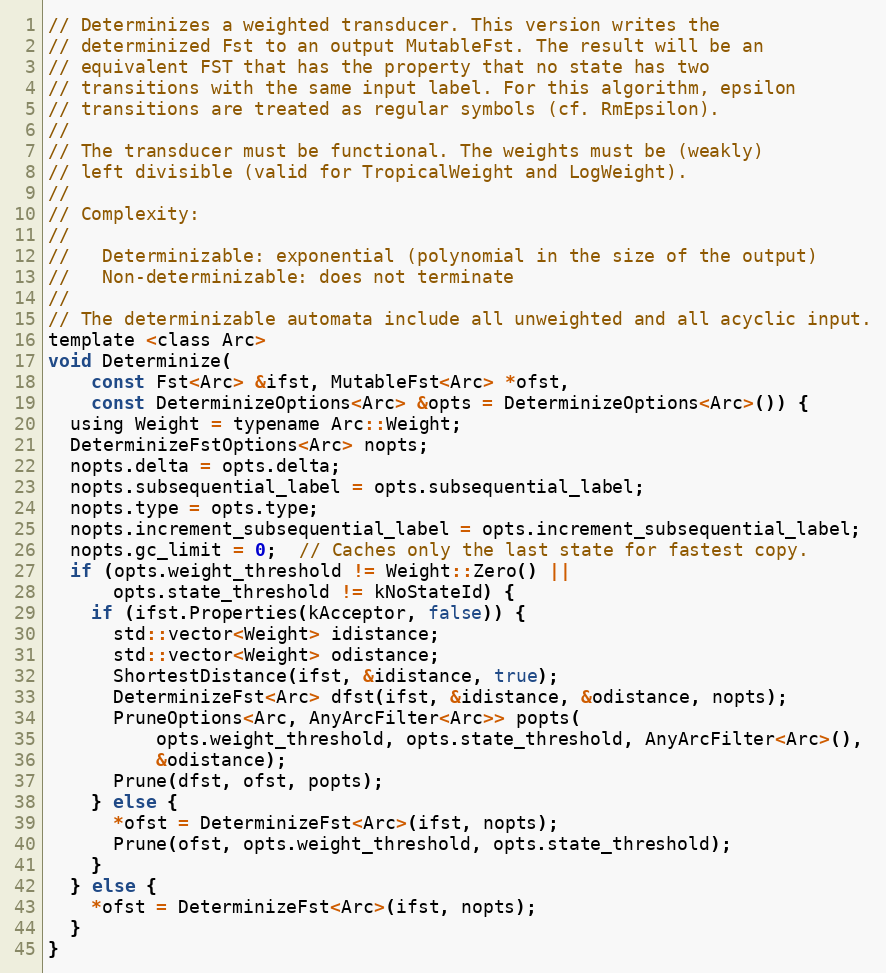
Language: C
// Determinizes a weighted transducer. This version writes the
// determinized Fst to an output MutableFst. The result will be an
// equivalent FST that has the property that no state has two
// transitions with the same input label. For this algorithm, epsilon
// transitions are treated as regular symbols (cf. RmEpsilon).
//
// The transducer must be functional. The weights must be (weakly)
// left divisible (valid for TropicalWeight and LogWeight).
//
// Complexity:
//
//   Determinizable: exponential (polynomial in the size of the output)
//   Non-determinizable: does not terminate
//
// The determinizable automata include all unweighted and all acyclic input.
template <class Arc>
void Determinize(
    const Fst<Arc> &ifst, MutableFst<Arc> *ofst,
    const DeterminizeOptions<Arc> &opts = DeterminizeOptions<Arc>()) {
  using Weight = typename Arc::Weight;
  DeterminizeFstOptions<Arc> nopts;
  nopts.delta = opts.delta;
  nopts.subsequential_label = opts.subsequential_label;
  nopts.type = opts.type;
  nopts.increment_subsequential_label = opts.increment_subsequential_label;
  nopts.gc_limit = 0;  // Caches only the last state for fastest copy.
  if (opts.weight_threshold != Weight::Zero() ||
      opts.state_threshold != kNoStateId) {
    if (ifst.Properties(kAcceptor, false)) {
      std::vector<Weight> idistance;
      std::vector<Weight> odistance;
      ShortestDistance(ifst, &idistance, true);
      DeterminizeFst<Arc> dfst(ifst, &idistance, &odistance, nopts);
      PruneOptions<Arc, AnyArcFilter<Arc>> popts(
          opts.weight_threshold, opts.state_threshold, AnyArcFilter<Arc>(),
          &odistance);
      Prune(dfst, ofst, popts);
    } else {
      *ofst = DeterminizeFst<Arc>(ifst, nopts);
      Prune(ofst, opts.weight_threshold, opts.state_threshold);
    }
  } else {
    *ofst = DeterminizeFst<Arc>(ifst, nopts);
  }
}